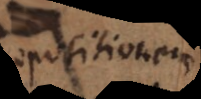
positionem